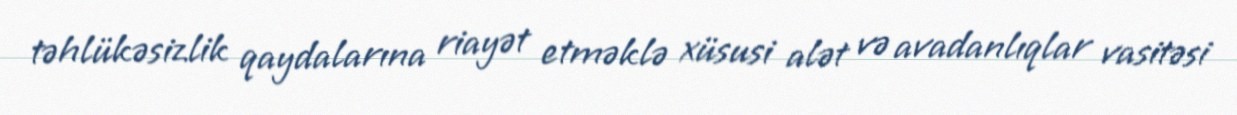
təhlükəsizlik qaydalarına riayət etməklə xüsusi alət və avadanlıqlar vasitəsi